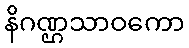
နိဂဏ္ဌသာဝကော